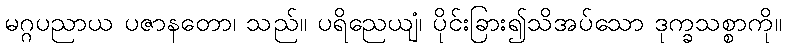
မဂ္ဂပညာယ ပဇာနတော၊ သည်။ ပရိညေယျံ၊ ပိုင်းခြား၍သိအပ်သော ဒုက္ခသစ္စာကို။